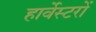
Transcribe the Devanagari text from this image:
हार्वेस्टरों